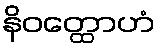
နိဝတ္ထောဟံ